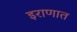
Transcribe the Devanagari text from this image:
इराणात